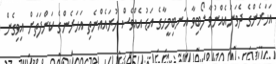
އަހަރެންގެ ދެވަނައެއްނުވާ ލޯބިވާ އަނބިމީހާގެ އަޑު އެއްވެސް ހުރައެއްނެތި އަހަރެންގެ ކަންފަތަށް އިވިގެން